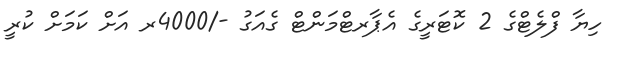
ހިޔާ ފްލެޓްގެ 2 ކޮޓަރީގެ އެޕާރޓްމަންޓް ގެއަގު -/4000ރ އަށް ކަމަށް ކުރީ